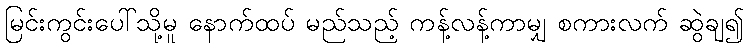
မြင်းကွင်းပေါ်သို့မူ နောက်ထပ် မည်သည့် ကန့်လန့်ကာမျှ စကားလက် ဆွဲချ၍